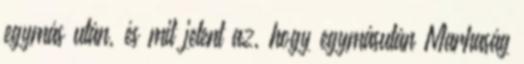
egymás után, és mit jelent az, hogy egymásután Marhaság